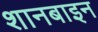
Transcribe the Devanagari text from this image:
शानबाइन